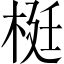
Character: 梃